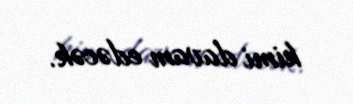
kimi davam edəcək.